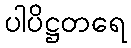
ပါပိဋ္ဌတရေ